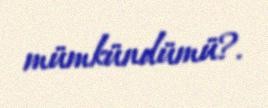
mümkündümü?.